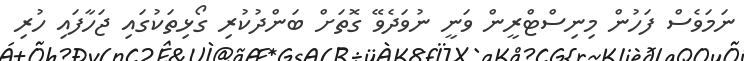
ނަމަވެސް ފަހުން މިނިސްޓްރީން ވަނީ ނުވަދެވޭ ގޮތަށް ބަންދުކުރި ގޯޅިތަކުގައި ޖަހާފައި ހުރި